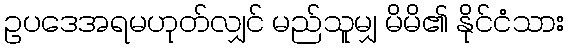
ဥပဒေအရမဟုတ်လျှင် မည်သူမျှ မိမိ၏ နိုင်ငံသား